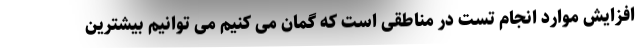
افزایش موارد انجام تست در مناطقی است که گمان می کنیم می توانیم بیشترین